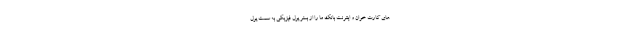
های کارت خوان و اینترنت بانک ما را از بستر پول فیزیکی به سمت پول